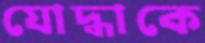
যোদ্ধাকে